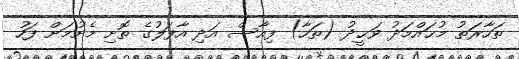
ތަހާރަތު މުޙައްމަދު ވަޙީދު (ތަހާ) ފިއާސް އަދި އާފަލުގެ ތޮށި މެށުމަށް ފަހު